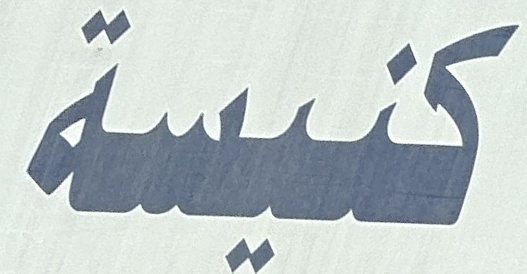
كنيسة